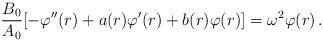
LaTeX: \begin{align*}{B_0\over A_0}[-\varphi''(r) +a(r)\varphi'(r)+b(r)\varphi (r)]=\omega^2\varphi (r)\,.\end{align*}